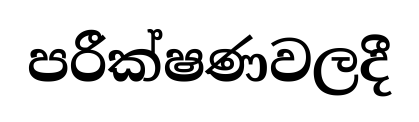
පරීක්ෂණවලදී